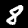
Label: 8